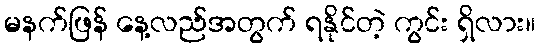
မနက်ဖြန် နေ့လည်အတွက် ရနိုင်တဲ့ ကွင်း ရှိလား။